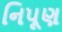
નિપૂણ